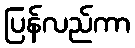
ပြန်လည်ကာ